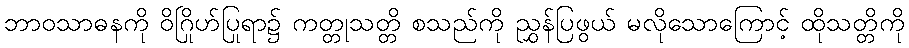
ဘာဝသာဓနကို ဝိဂြိုဟ်ပြုရာ၌ ကတ္တုသတ္တိ စသည်ကို ညွှန်ပြဖွယ် မလိုသောကြောင့် ထိုသတ္တိကို